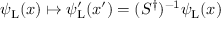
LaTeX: \psi _ { \mathrm { { L } } } ( x ) \mapsto \psi _ { \mathrm { { L } } } ^ { \prime } ( x ^ { \prime } ) = ( S ^ { \dagger } ) ^ { - 1 } \psi _ { \mathrm { { L } } } ( x )